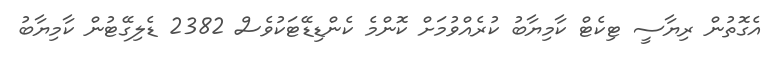
އެގޮތުން ރިޔާސީ ޓިކެޓް ކާމިޔާބު ކުރެއްވުމަށް ކޮންމެ ކެންޑިޑޭޓަކުވެސް 2382 ޑެލިގޭޓުން ކާމިޔާބު